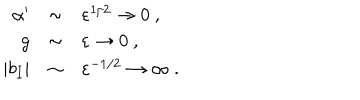
\begin{array} { r c l } { { \alpha ^ { \prime } } } & { { \sim } } & { { \varepsilon ^ { 1 / 2 } \to 0 ~ , } } \\ { { g } } & { { \sim } } & { { \varepsilon \to 0 ~ , } } \\ { { | b _ { I } | } } & { { \sim } } & { { \varepsilon ^ { - 1 / 2 } \to \infty ~ . } } \\ \end{array}